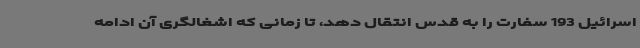
اسرائیل 193 سفارت را به قدس انتقال دهد، تا زمانی که اشغالگری آن ادامه